Report on sanitation, dispensaries, and jails in Rajputana for 1916, and on vaccination for the year 1916-1917 - 1916-1917
Year: 1916
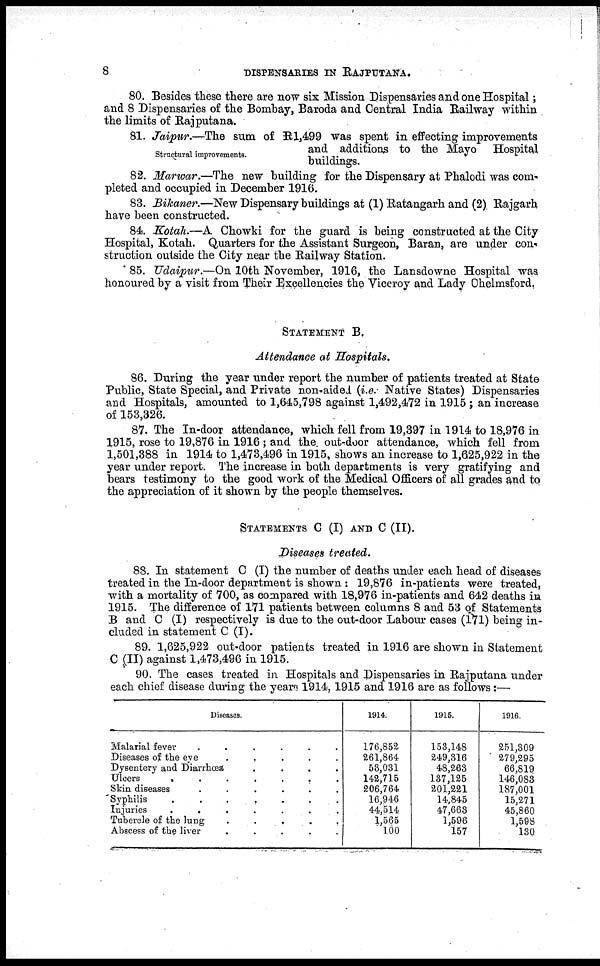
8
DISPENSARIES IN RAJPUTANA.
80. Besides these there are now six Mission Dispensaries and one Hospital;
and 8 Dispensaries of the Bombay, Baroda and Central India Railway within
the limits of Rajputana.
Structural improvements.
81. Jaipur.—The sum of R 1,499 was spent in effecting improvements
and additions to the Mayo Hospital
buildings.
82. Marwar.—The new building for the Dispensary at Phalodi was com¬
pleted and occupied in December 1916.
83. Bikaner.—New Dispensary buildings at (1) Ratangarh and (2) Rajgarh
have been constructed.
84. Kotah.—A Chowki for the guard is being constructed at the City
Hospital, Kotah. Quarters for the Assistant Surgeon, Baran, are under con¬
struction outside the City near the Railway Station.
85. Udaipur.—On 10th November, 1916, the Lansdowne Hospital was
honoured by a visit from Their Excellencies the Viceroy and Lady Chelmsford.
STATEMENT B.
Attendance at Hospitals.
86. During the year under report the number of patients treated at State
Public, State Special, and Private non-aided (i.e. Native States) Dispensaries
and Hospitals, amounted to 1,645,798 against 1,492,472 in 1915 ; an increase
of 153,326.
87. The In-door attendance, which fell from 19,397 in 1914 to 18,976 in
1915, rose to 19,876 in 1916 ; and the out-door attendance, which fell from
1,501,388 in 1914 to 1,473,496 in 1915, shows an increase to 1,625,922 in the
year under report. The increase in both departments is very gratifying and
bears testimony to the good work of the Medical Officers of all grades and to
the appreciation of it shown by the people themselves.
STATEMENTS C (I) AND C (II).
Diseases treated.
88. In statement C (I) the number of deaths under each head of diseases
treated in the In-door department is shown ; 19,876 in-patients were treated,
with a mortality of 700, as compared with 18,976 in-patients and 642 deaths in
1915. The difference of 171 patients between columns 8 and 53 of Statements
B and C (I) respectively is due to the out-door Labour cases (171) being in-
cluded in statement C (I).
89. 1,625,922 out-door patients treated in 1916 are shown in Statement
C (II) against 1,473,496 in 1915.
90. The cases treated in Hospitals and Dispensaries in Rajputana under
each chief disease during the years 1914, 1915 and 1916 are as follows:—
Diseases.
Malarial fever
.
.
.
.
.
Diseases of the eye . . . . .
Dysentery and Diarrhœa
.
.
.
.
.
Ulcers
.
.
.
.
.
.
.
.
.
.
Skin diseases
.
.
.
.
.
Syphilis . . . . . . .
Injuries
.
.
.
.
.
.
.
Tubercle of the lung . . . . .
Abscess of the liver
.
.
.
.
.
1914.
176,852
261,864
53,031
142,715
206,764
16,946
44,514
1,565
100
1915.
153,148
249,316
48,263
137,125
201,221
14,845
47,663
1,596
157
1916.
251,309
279,295
66,819
146,083
187,001
15,271
45,860
1,598
130